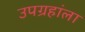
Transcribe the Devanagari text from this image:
उपग्रहांला